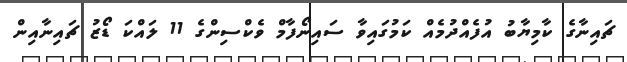
ޗައިނާގެ ކާމިޔާބު އުފެއްދުމެއް ކަމުގައިވާ ސައިނޯފާމް ވެކްސިންގެ 11 ލައްކަ ޑޯޒު ޗައިނާއިން